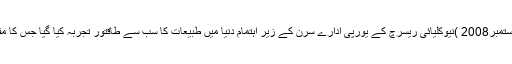
پیرس (اردوپوائنٹ اخبا ر تازہ ترین10ستمبر2008 )نیوکلیائی ریسرچ کے یورپی ادارے سرن کے زیر اہتمام دنیا میں طبیعات کا سب سے طاقتور تجربہ کیا گیا جس کا مقصد کائنات کی تخلیق کا راز جاننا ہے۔